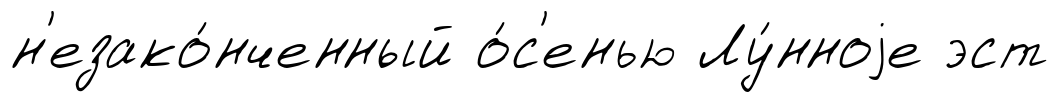
н'езако́нченный о́с'енью Лу́нноjе эст